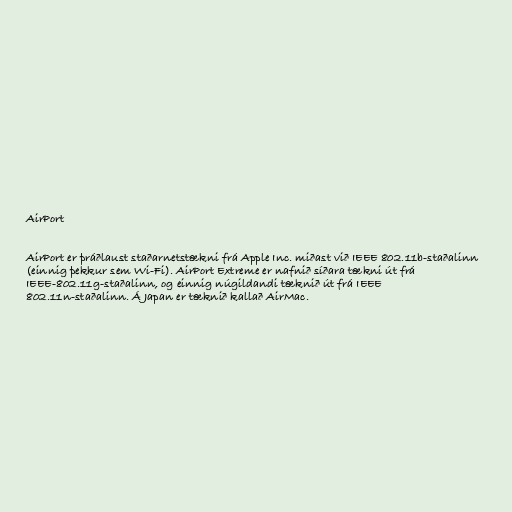
AirPort

AirPort er þráðlaust staðarnetstækni frá Apple Inc. miðast við IEEE 802.11b-staðalinn
(einnig þekkur sem Wi-Fi). AirPort Extreme er nafnið síðara tækni út frá
IEEE-802.11g-staðalinn, og einnig núgildandi tæknið út frá IEEE
802.11n-staðalinn. Á Japan er tæknið kallað AirMac.